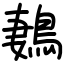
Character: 鶈